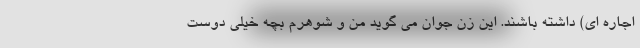
اجاره ای) داشته باشند. این زن جوان می گوید من و شوهرم بچه خیلی دوست